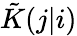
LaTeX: \tilde{K}(j|i)